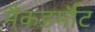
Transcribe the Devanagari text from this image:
मैकडर्मौट